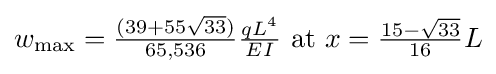
w_{\mathrm {max} }={\tfrac {(39+55{\sqrt {33}})}{65,536}}{\tfrac {qL^{4}}{EI}}{\mbox{ at }}x={\tfrac {15-{\sqrt {33}}}{16}}L